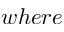
w h e r e